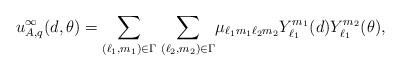
LaTeX: \begin{align*}u^\infty_{A,q}(d ,\theta )= \underset{(\ell_1,m_1)\in \Gamma}{\sum}\; \underset{(\ell_2,m_2)\in \Gamma}{\sum} \mu_{\ell_1 m_1\ell_2m_2}Y^{m_1}_{\ell_1}(d) Y^{m_2}_{\ell_1}(\theta ),\end{align*}